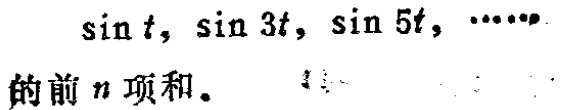
求\(\sin t, \sin 3t, \sin 5t, \cdots\)的前\(n\)项和。